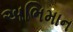
અભિમાન